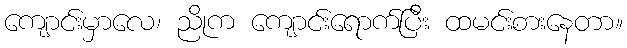
ကျောင်းမှာလေ၊ ညိုက ကျောင်းရောက်ပြီး ထမင်းစားနေတာ။